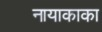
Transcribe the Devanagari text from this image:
नायाकाका